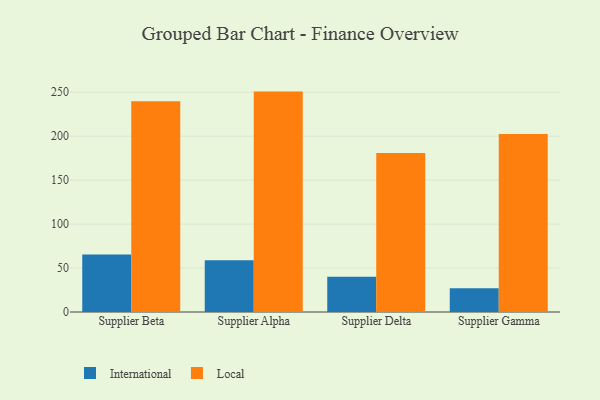
{"axis": {"x": "Supplier", "y": "Headcount"}, "legend": ["International", "Local"], "data": [{"x": "Supplier Beta", "y": 65.3, "type": "International"}, {"x": "Supplier Beta", "y": 239.8, "type": "Local"}, {"x": "Supplier Alpha", "y": 59.0, "type": "International"}, {"x": "Supplier Alpha", "y": 250.7, "type": "Local"}, {"x": "Supplier Delta", "y": 40.0, "type": "International"}, {"x": "Supplier Delta", "y": 181.0, "type": "Local"}, {"x": "Supplier Gamma", "y": 26.9, "type": "International"}, {"x": "Supplier Gamma", "y": 202.6, "type": "Local"}]}